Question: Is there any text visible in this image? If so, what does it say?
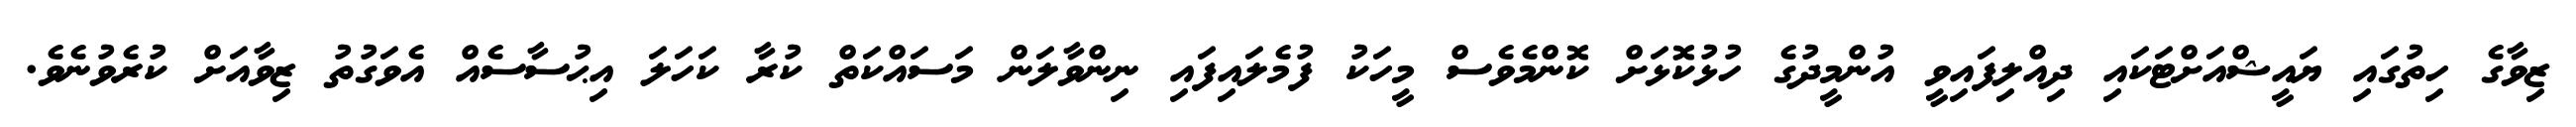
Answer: ޒިވާގެ ހިތުގައި ޔައީޝްއަށްޓަކައި ދިއްލިފައިވީ އުންމީދުގެ ހުޅުކޮޅަށް ކޮންމެވެސް މީހަކު ފުމެލައިފައި ނިންވާލަން މަސައްކަތް ކުރާ ކަހަލަ އިޙުސާސެއް އެވަގުތު ޒިވާއަށް ކުރެވުނެވެ.